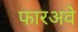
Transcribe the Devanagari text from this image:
फारअवे